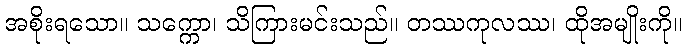
အစိုးရသော။ သက္ကော၊ သိကြားမင်းသည်။ တဿကုလဿ၊ ထိုအမျိုးကို။